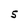
Character: S